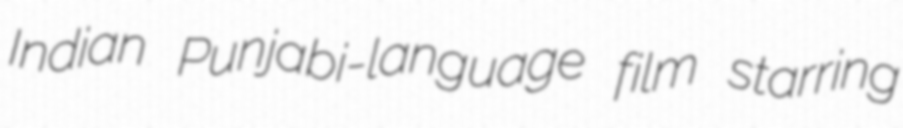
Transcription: Indian Punjabi-language film starring